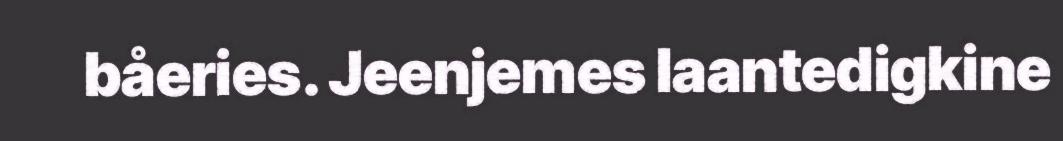
båeries. Jeenjemes laantedigkine